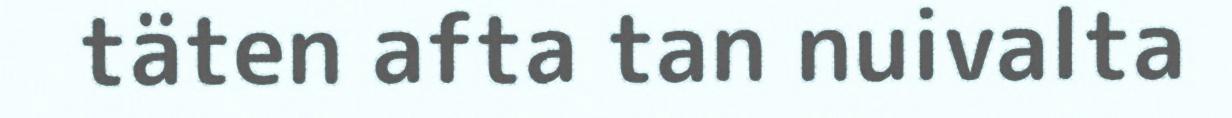
täten afta tan nuivalta